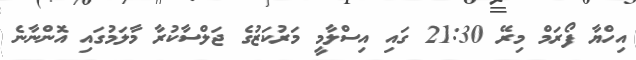
އިހްޔާ ފޯރަމް މިރޭ 21:30 ގައި އިސްލާމީ މަރުކަޒުގެ ޖަލްސާކުރާ މާލަމުގައި އޮންނާނެ